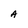
Character: A